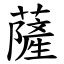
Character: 薩